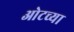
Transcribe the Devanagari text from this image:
ओटच्या